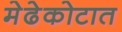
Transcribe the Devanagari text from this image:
मेढेकोटात